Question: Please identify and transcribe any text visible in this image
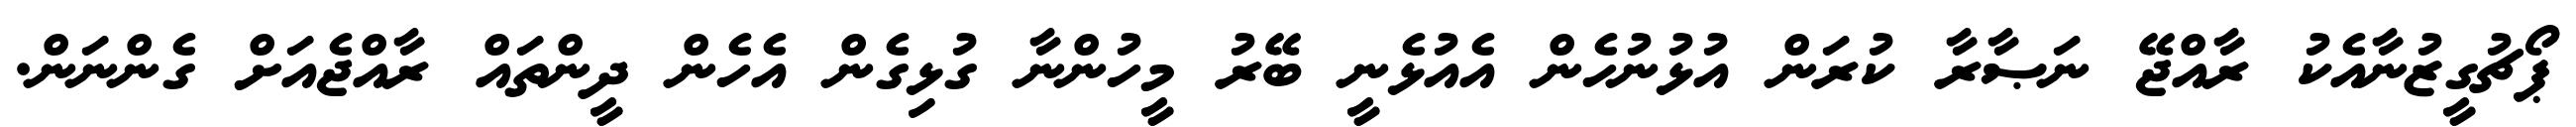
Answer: ޕޯޗުގީޒުނާއެކު ރާއްޖޭ ނަޞާރާ ކުރަން އުޅުނުހެން އެއުޅެނީ ބޭރު މީހުންނާ ގުޅިގެން އެހެން ދީންތައް ރާއްޖެއަށް ގެންނަން.